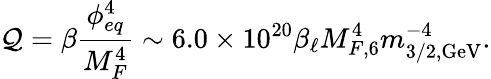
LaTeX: \mathcal{Q}=\beta\frac{{\phi_{eq}^{4}}}{{M_{F}^{4}}}\sim6.0\times10^{20}\beta_{\ell}M_{F,6}^{4}m_{3/2,\mathrm{{GeV}}}^{-4}.